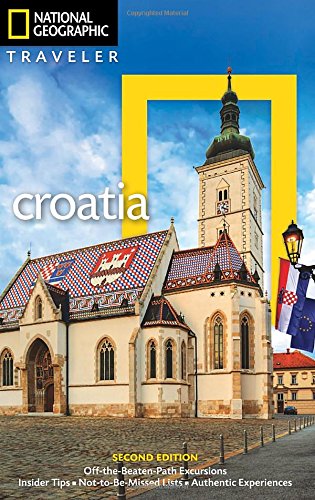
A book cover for National Geographic Traveler: Croatia, 2nd Edition; Rudolf Abraham; Travel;